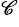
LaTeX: ^{\mathscr{C}}